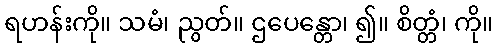
ရဟန်းကို။ သမံ၊ ညွတ်။ ဌပေန္တော၊ ၍။ စိတ္တံ၊ ကို။